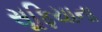
સૂફિયાના